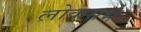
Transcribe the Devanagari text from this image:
लोकसभे